Indian journal of veterinary science and animal husbandry - Volumes 18-21, 1948-1951
Year: 1948
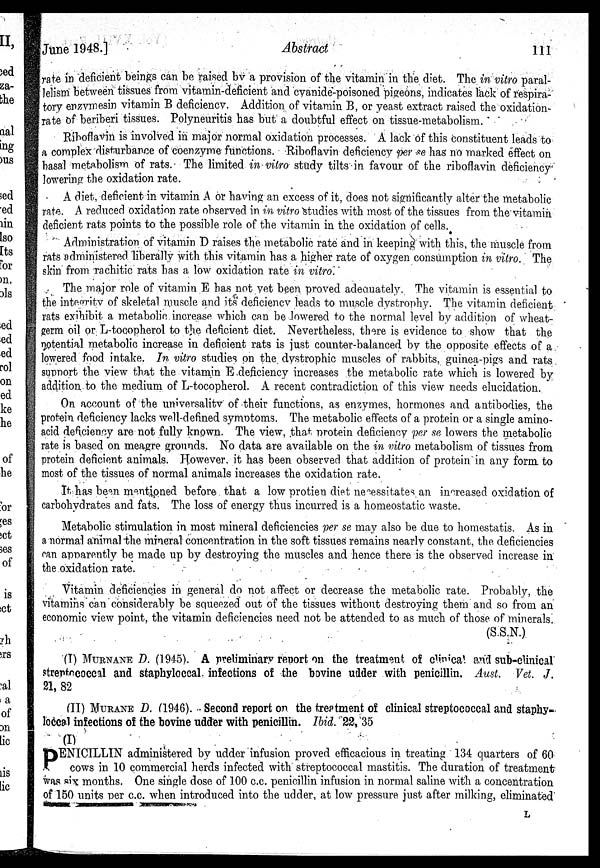
June 1948.]
Abstract
111
rate in deficient beings can be raised by a provision of the vitamin in the diet. The in vitro paral-
lelism between tissues from vitamin-deficient and cyanide-poisoned pigeons, indicates lack of respira-
tory enzymesin vitamin B deficiency. Addition of vitamin B, or yeast extract raised the oxidation-
rate of beriberi tissues. Polyneuritis has but a doubtful effect on tissue-metabolism.
Riboflavin is involved in major normal oxidation processes. A lack of this constituent leads to
a complex disturbance of coenzyme functions. Riboflavin deficiency per se has no marked effect on
basal metabolism of rats. The limited in vitro study tilts in favour of the riboflavin deficiency
lowering the oxidation rate.
A diet, deficient in vitamin A or having an excess of it, does not significantly alter the metabolic
rate. A reduced oxidation rate observed in in vitro studies with most of the tissues from the vitamin
deficient rats points to the possible role of the vitamin in the oxidation of cells.
Administration of vitamin D raises the metabolic rate and in keeping with this, the muscle from
rats administered liberally with this vitamin has a higher rate of oxygen consumption in vitro. The
skin from rachitic rats has a low oxidation rate in vitro.
The major role of vitamin E has not yet been proved adequately. The vitamin is essential to
the integrity of skeletal muscle and its deficiency leads to muscle dystrophy. The vitamin deficient
rats exihibit a metabolic increase which can be lowered to the normal level by addition of wheat-
germ oil or L-tocopherol to the deficient diet. Nevertheless, there is evidence to show that the
notential metabolic increase in deficient rats is just counter-balanced by the opposite effects of a
lowered food intake. In vitro studies on the dystrophic muscles of rabbits, guinea-pigs and rats
support the view that the vitamin E deficiency increases the metabolic rate which is lowered by
addition to the medium of L-tocopherol. A recent contradiction of this view needs elucidation.
On account of the universality of their functions, as enzymes, hormones and antibodies, the
protein deficiency lacks well-defined symptoms. The metabolic effects of a protein or a single amino-
acid deficiency are not fully known. The view, that protein deficiency per se lowers the metabolic
rate is based on meagre grounds. No data are available on the in vitro metabolism of tissues from
protein deficient animals. However, it has been observed that addition of protein in any form to
most of the tissues of normal animals increases the oxidation rate.
It has been mentioned before that a low protien diet necessitates an increased oxidation of
carbohydrates and fats. The loss of energy thus incurred is a homeostatic waste.
Metabolic stimulation in most mineral deficiencies per se may also be due to homestatis. As in
a normal animal the mineral concentration in the soft tissues remains nearly constant, the deficiencies
can apparently be made up by destroying the muscles and hence there is the observed increase in
the oxidation rate.
Vitamin deficiencies in general do not affect or decrease the metabolic rate. Probably, the
vitamins can considerably be squeezed out of the tissues without destroying them and so from an
economic view point, the vitamin deficiencies need not be attended to as much of those of minerals.
(S.S.N.)
(I) MURNANE D. (1945). A preliminary report on the treatment of clinical and sub-clinical
streptococcal and staphyloccal infections of the bovine udder with penicillin. Aust. Vet. J.
21, 82
(II) MURNANE D. (1946). Second report on the treatment of clinical streptococcal and staphy-
loccal infections of the bovine udder with penicillin. Ibid. 22, 35
(I)
P ENICILLIN administered by udder infusion proved efficacious in treating 134 quarters of 60
cows in 10 commercial herds infected with streptococcal mastitis. The duration of treatment
was six months. One single dose of 100 c.c. penicillin infusion in normal saline with a concentration
of 150 units per c.c. when introduced into the udder, at low pressure just after milking, eliminated
L